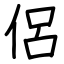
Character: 侶